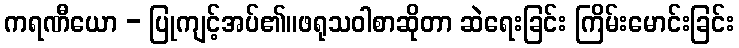
ကရဏီယော - ပြုကျင့်အပ်၏။ဖရုသဝါစာဆိုတာ ဆဲရေးခြင်း ကြိမ်းမောင်းခြင်း